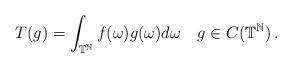
LaTeX: \begin{align*}T(g) = \int_{\mathbb{T}^{\mathbb{N}}} f(\omega) g(\omega) d\omega \,\,\,\,\,\, g \in C(\mathbb{T}^{\mathbb{N}})\,.\end{align*}